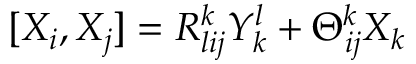
[ X _ { i } , X _ { j } ] = R _ { l i j } ^ { k } Y _ { k } ^ { l } + \Theta _ { i j } ^ { k } X _ { k }